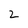
Character: 2